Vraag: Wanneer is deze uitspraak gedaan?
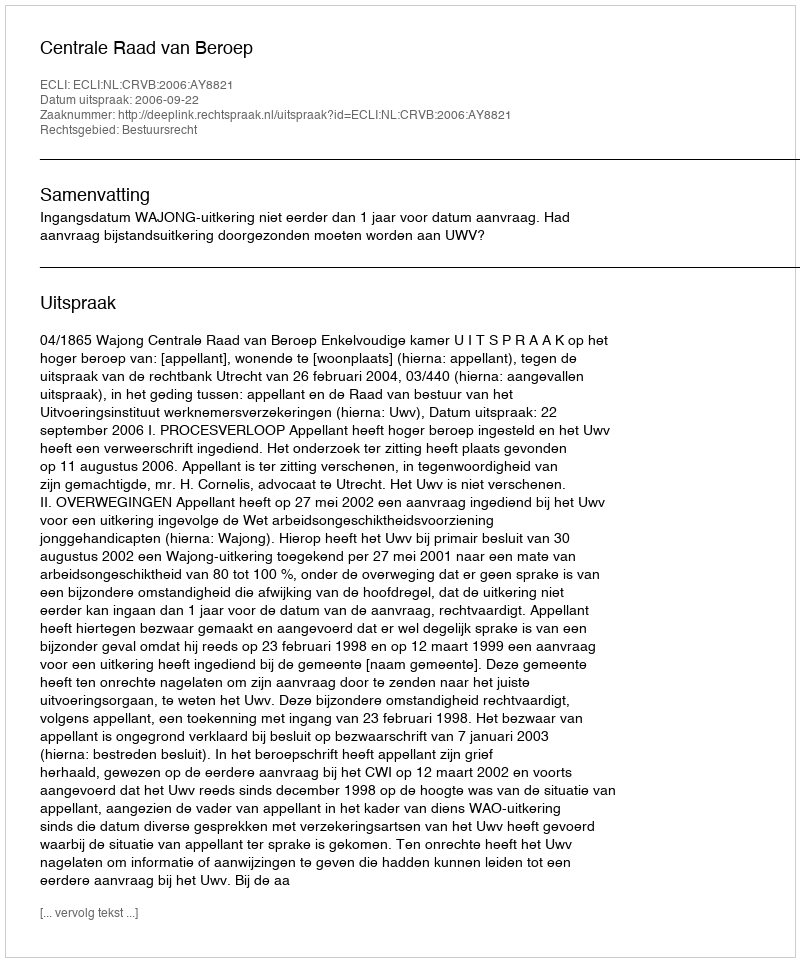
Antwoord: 2006-09-22